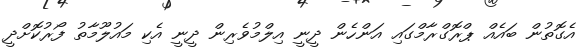
އެގޮތުން ބައެއް ޕްރޮގްރާމްގައި އަންހެން ދީނީ އިލްމުވެރިން ދީނީ އެކި މައުލޫމާތު ފޯރުކޮށްދީ